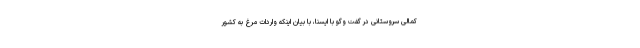
کمالی سروستانی در گفت وگو با ایسنا، با بیان اینکه واردات مرغ به کشور